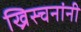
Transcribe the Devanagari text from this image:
ख्रिस्चनांनी